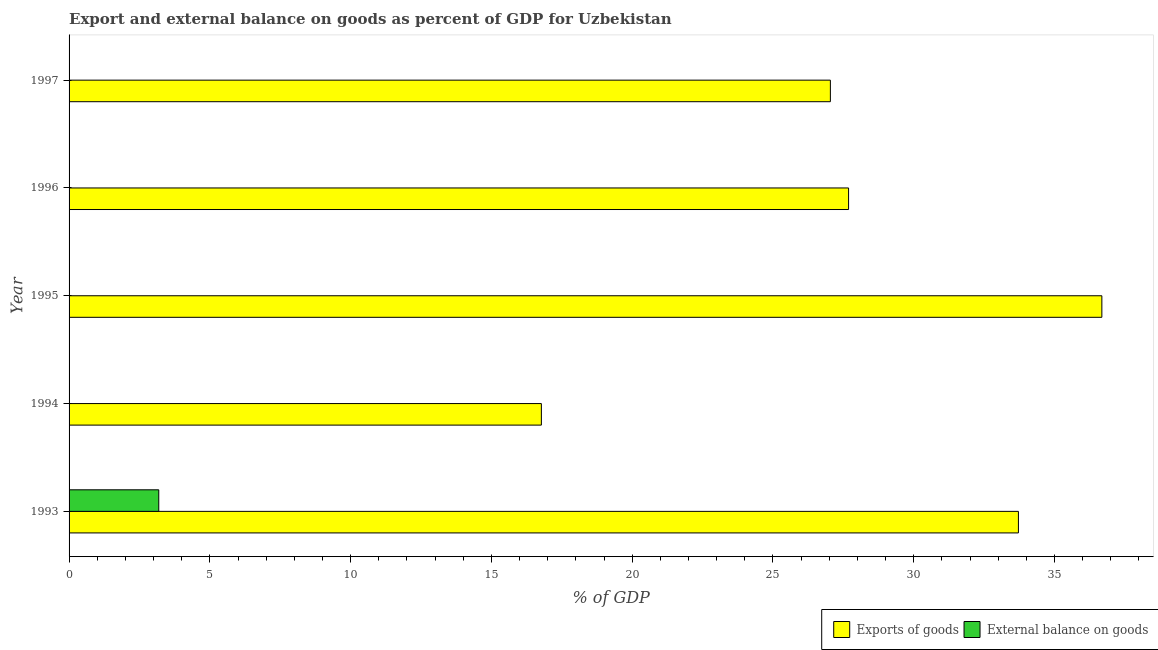
| Year | Exports of goods | External balance on goods |
 | --- | --- | --- |
 | 1993 | 33.7 | 3.19 |
 | 1994 | 16.8 | -3.78 |
 | 1995 | 36.7 | -0.138 |
 | 1996 | 27.7 | -6.49 |
 | 1997 | 27 | -2.96 |